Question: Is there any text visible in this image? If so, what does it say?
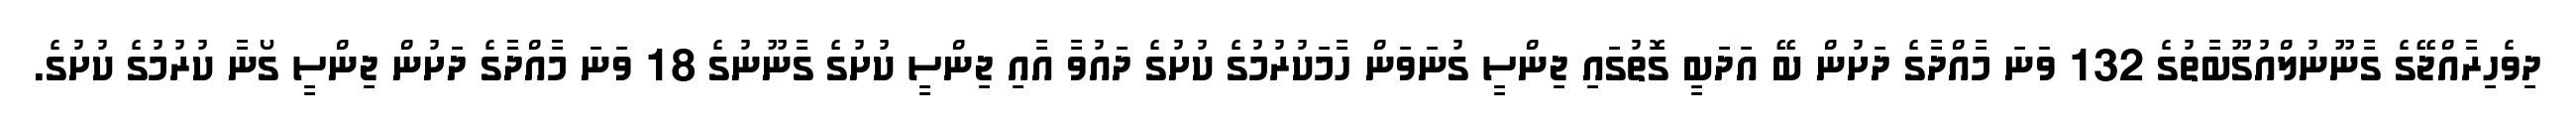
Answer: ދިވެހިރާއްޖޭގެ ގާނޫނުލްއުގޫބާތުގެ 132 ވަނަ މާއްދާގެ ދަށުން ބޭ އަދަބީ ގޮތުގައި ޖިންސީ ގުނަވަން ހާމަކުރުމުގެ ކުށުގެ ދައުވާ އާއި ޖިންސީ ކުށުގެ ގާނޫނުގެ 18 ވަނަ މާއްދާގެ ދަށުން ޖިންސީ ގޯނާ ކުރުމުގެ ކުށުގެ.